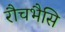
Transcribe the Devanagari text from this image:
रौचभैसि